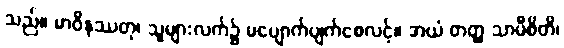
သည်။ မာဝိနဿတု၊ သူများလက်၌ မပျောက်ပျက်စေလင့်။ အယံ တတ္ထ သာမီစိတိ၊